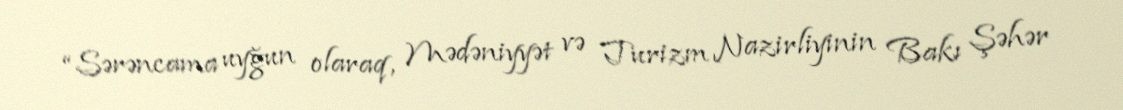
“Sərəncama uyğun olaraq, Mədəniyyət və Turizm Nazirliyinin Bakı Şəhər